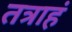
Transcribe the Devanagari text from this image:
तत्राहं